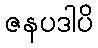
ဇနပဒါပိ